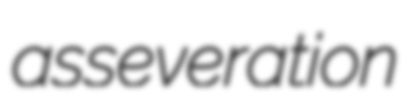
asseveration